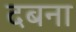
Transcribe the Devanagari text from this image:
दबना